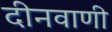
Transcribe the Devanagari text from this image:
दीनवाणी